NAE_ERA_R-1665_Eesti_Kunstnike_Liit, lk 15
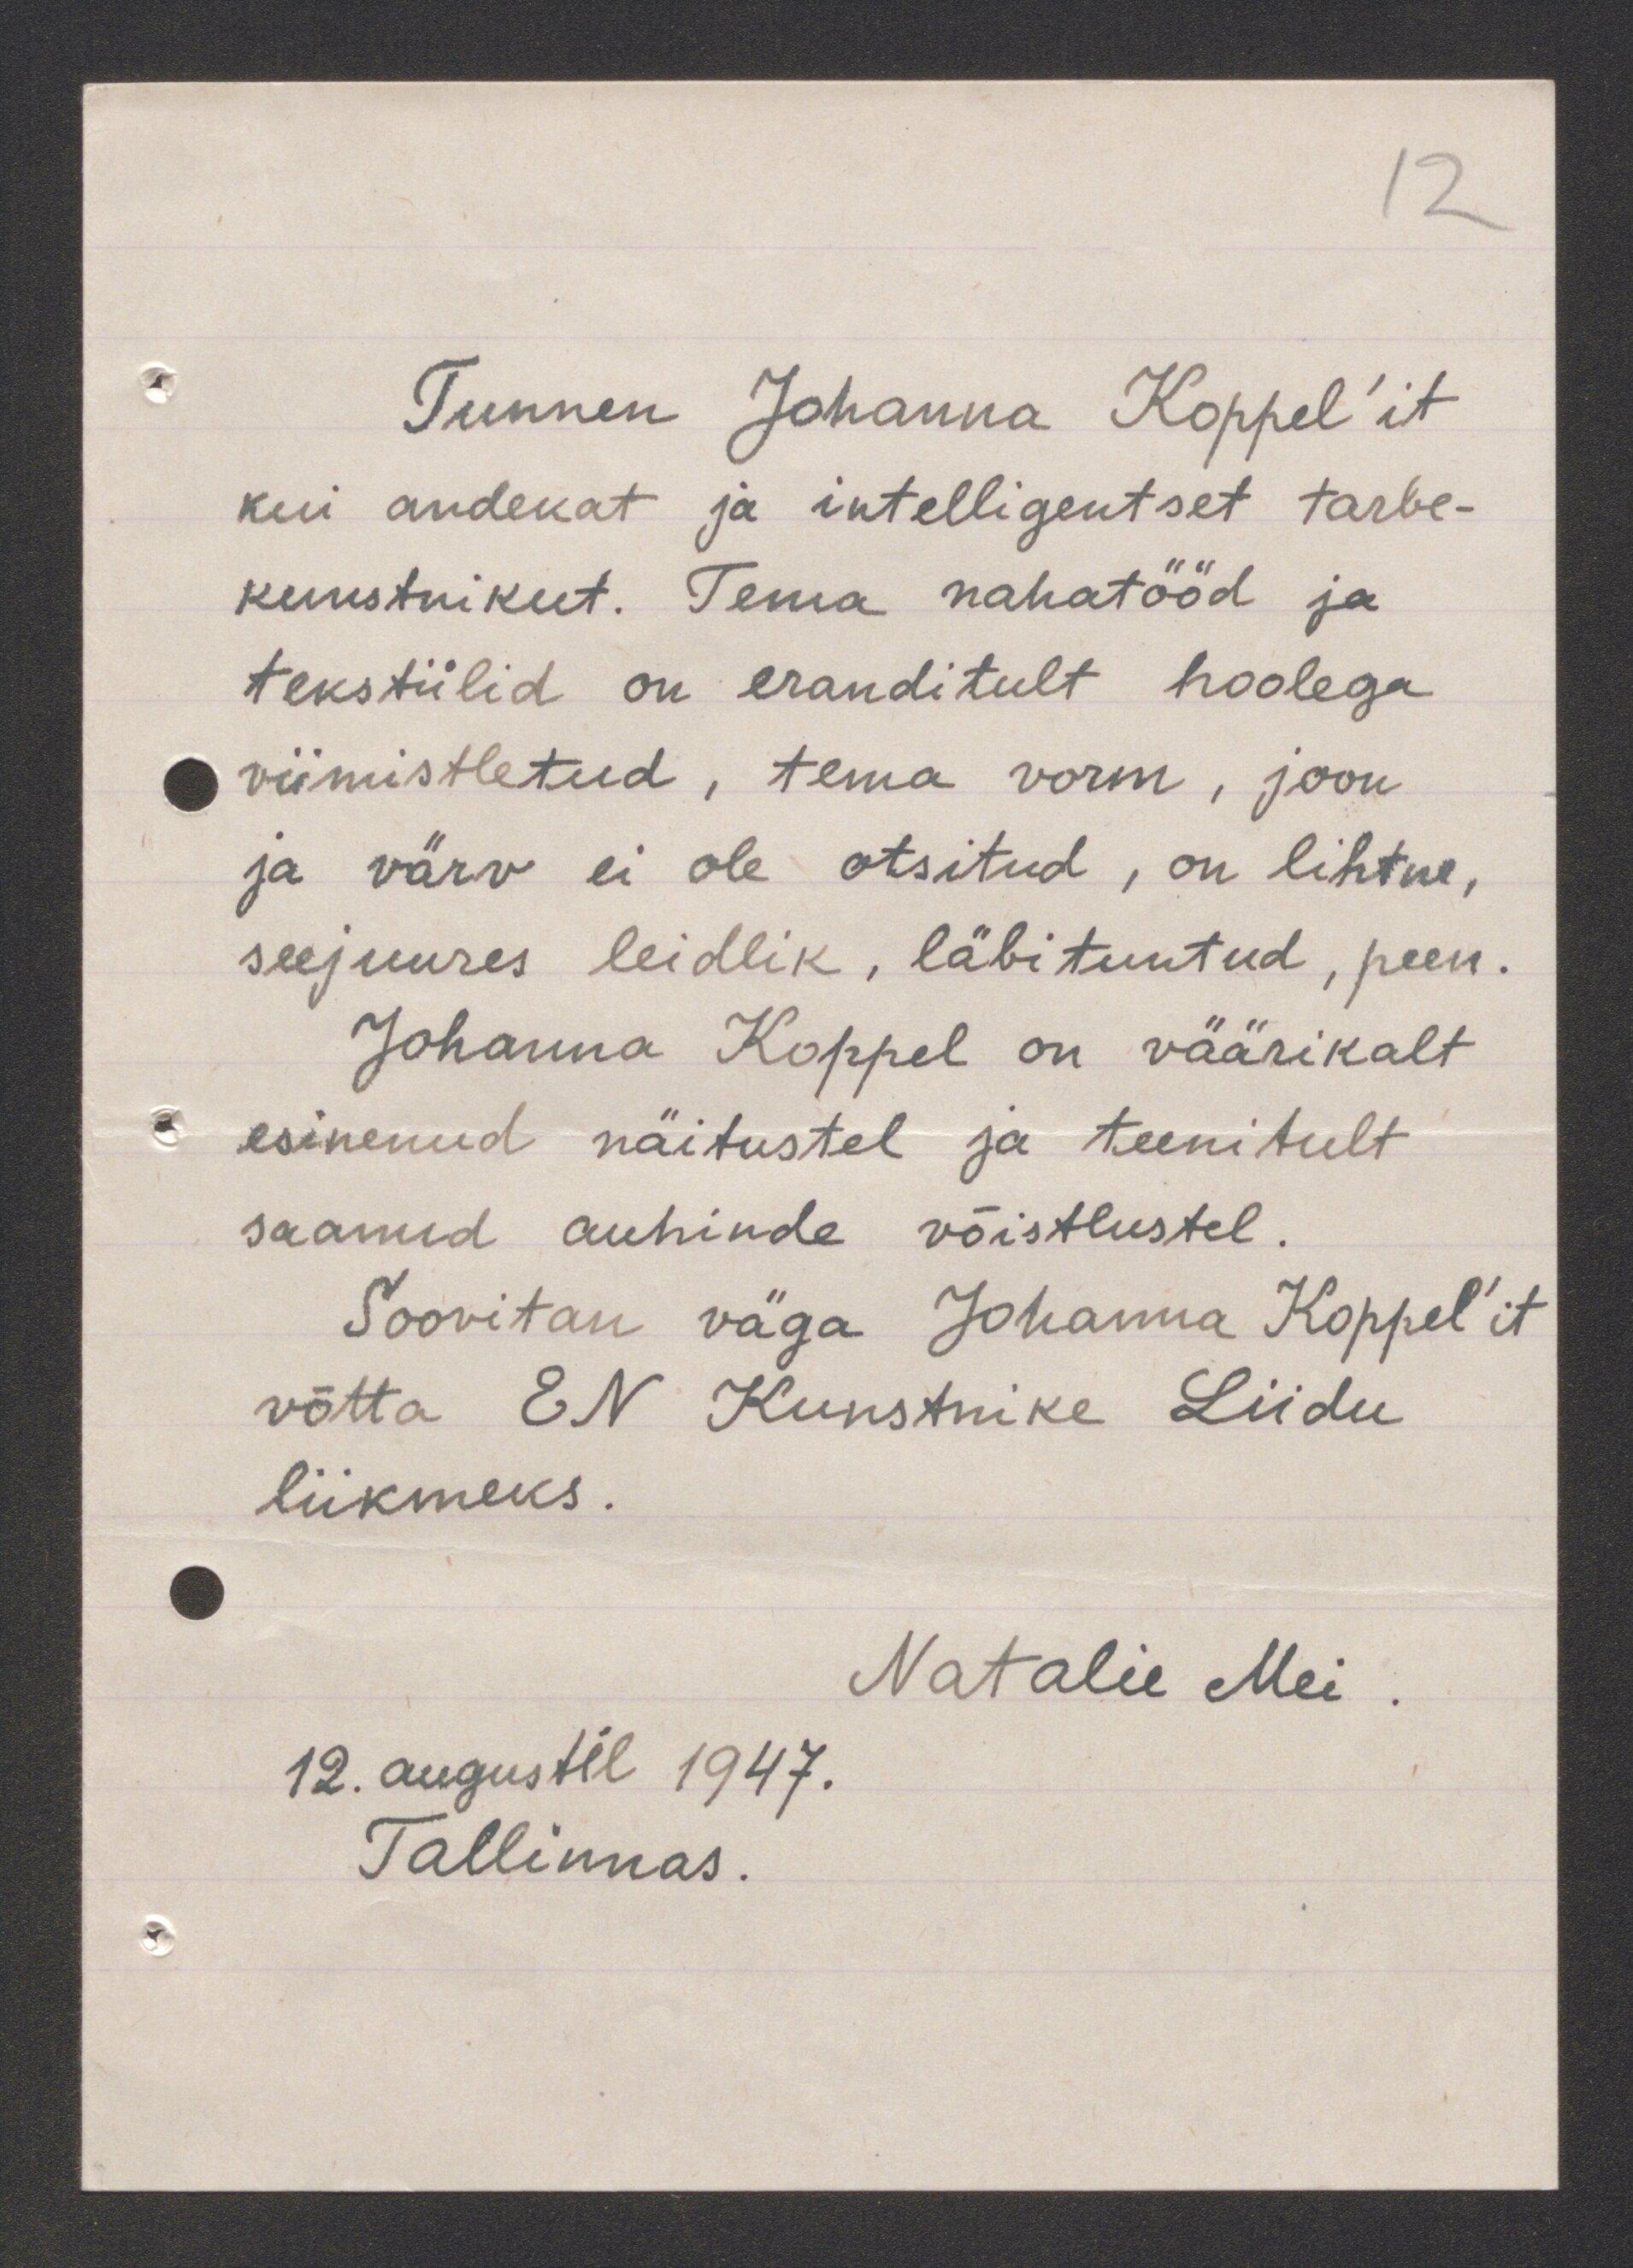
Tunnen Johanna Koppel'it
kui andekat ja intelligentset tarbe-
kunstnikut. Tema nahatööd ja
tekstiilid on eranditult hoolega
viimistletud, tema vorm, joon
ja värv ei ole otsitud, on lihtne,
seejuures leidlik, läbituntud, peen.
Johanna Koppel on väärikalt
esinenud näitustel ja teenitult
saanud auhinde võistlustel.
Soovitan väga Johanna Koppel'it
võtta EN Kunstnike Liidu
liikmeks.
Natalie Mei
12. augustil 1947.
Tallinnas.